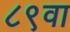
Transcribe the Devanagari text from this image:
८९वा